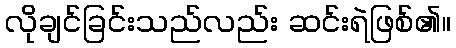
လိုချင်ခြင်းသည်လည်း ဆင်းရဲဖြစ်၏။